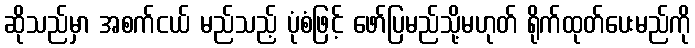
ဆိုသည်မှာ အစက်ငယ် မည်သည့် ပုံစံဖြင့် ဖော်ပြမည်သို့မဟုတ် ရိုက်ထုတ်ပေးမည်ကို